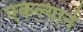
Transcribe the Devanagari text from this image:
एकल्याने